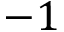
- 1